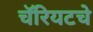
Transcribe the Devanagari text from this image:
चॅरियटचे